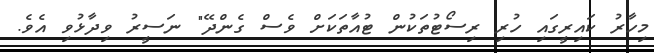
މިހާރު ކައިރީގައި ހުރި ރިސޯޓުތަކުން ޓުއާތަކަށް ވެސް ގެންދޭ" ނަސީރު ވިދާޅުވި އެވެ.